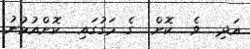
އަދި  ވެ  ކޮށް  ގެ މަގުގައި  ކޮށްއުޅުނު